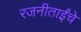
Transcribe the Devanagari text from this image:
रजनीताईंचे